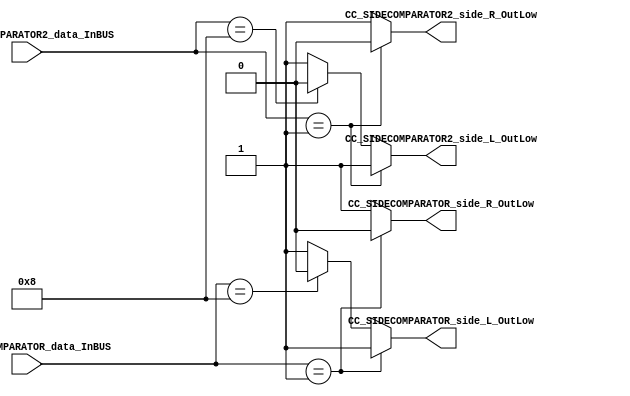
module CC_SIDECOMPARATOR #(parameter SIDECOMPARATOR_DATAWIDTH=4)(
//////////// OUTPUTS //////////
	CC_SIDECOMPARATOR_side_R_OutLow,
	CC_SIDECOMPARATOR_side_L_OutLow,
	CC_SIDECOMPARATOR2_side_R_OutLow,
	CC_SIDECOMPARATOR2_side_L_OutLow,
//////////// INPUTS //////////
	CC_SIDECOMPARATOR2_data_InBUS,
	CC_SIDECOMPARATOR_data_InBUS
);
//=======================================================
//  PARAMETER declarations
//=======================================================

//=======================================================
//  PORT declarations
//=======================================================
output	reg CC_SIDECOMPARATOR_side_R_OutLow;
output	reg CC_SIDECOMPARATOR_side_L_OutLow;
output	reg CC_SIDECOMPARATOR2_side_R_OutLow;
output	reg CC_SIDECOMPARATOR2_side_L_OutLow;
input 	[SIDECOMPARATOR_DATAWIDTH-1:0] CC_SIDECOMPARATOR_data_InBUS;
input 	[SIDECOMPARATOR_DATAWIDTH-1:0] CC_SIDECOMPARATOR2_data_InBUS;
//=======================================================
//  REG/WIRE declarations
//=======================================================
//=======================================================
//  Structural coding
//=======================================================
always @(*)
begin
    if (CC_SIDECOMPARATOR_data_InBUS == 4'b0001)
	 begin
	 
		  CC_SIDECOMPARATOR_side_R_OutLow = 1'b0;
		  CC_SIDECOMPARATOR_side_L_OutLow = 1'b1;
		  end
		  
		  
    else if (CC_SIDECOMPARATOR_data_InBUS == 4'b1000)
	 begin
		  CC_SIDECOMPARATOR_side_L_OutLow = 1'b0;
		  CC_SIDECOMPARATOR_side_R_OutLow = 1'b1;
		  end
    else begin 
	 
        CC_SIDECOMPARATOR_side_R_OutLow = 1'b1;
		  CC_SIDECOMPARATOR_side_L_OutLow = 1'b1;
		end  
		  
end
	
always @(*)
begin	
		  
    if (CC_SIDECOMPARATOR2_data_InBUS == 4'b0001)
	 begin
	 
		  CC_SIDECOMPARATOR2_side_R_OutLow = 1'b0;
		  CC_SIDECOMPARATOR2_side_L_OutLow = 1'b1;
		  end
		  
		  
    else if (CC_SIDECOMPARATOR2_data_InBUS == 4'b1000)
	 begin
		  CC_SIDECOMPARATOR2_side_L_OutLow = 1'b0;
		  CC_SIDECOMPARATOR2_side_R_OutLow = 1'b1;
		  end
    else begin 
	 
        CC_SIDECOMPARATOR2_side_R_OutLow = 1'b1;
		  CC_SIDECOMPARATOR2_side_L_OutLow = 1'b1;
		end  
		  
		  
end

endmodule